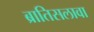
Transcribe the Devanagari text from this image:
ब्रातिसलावा